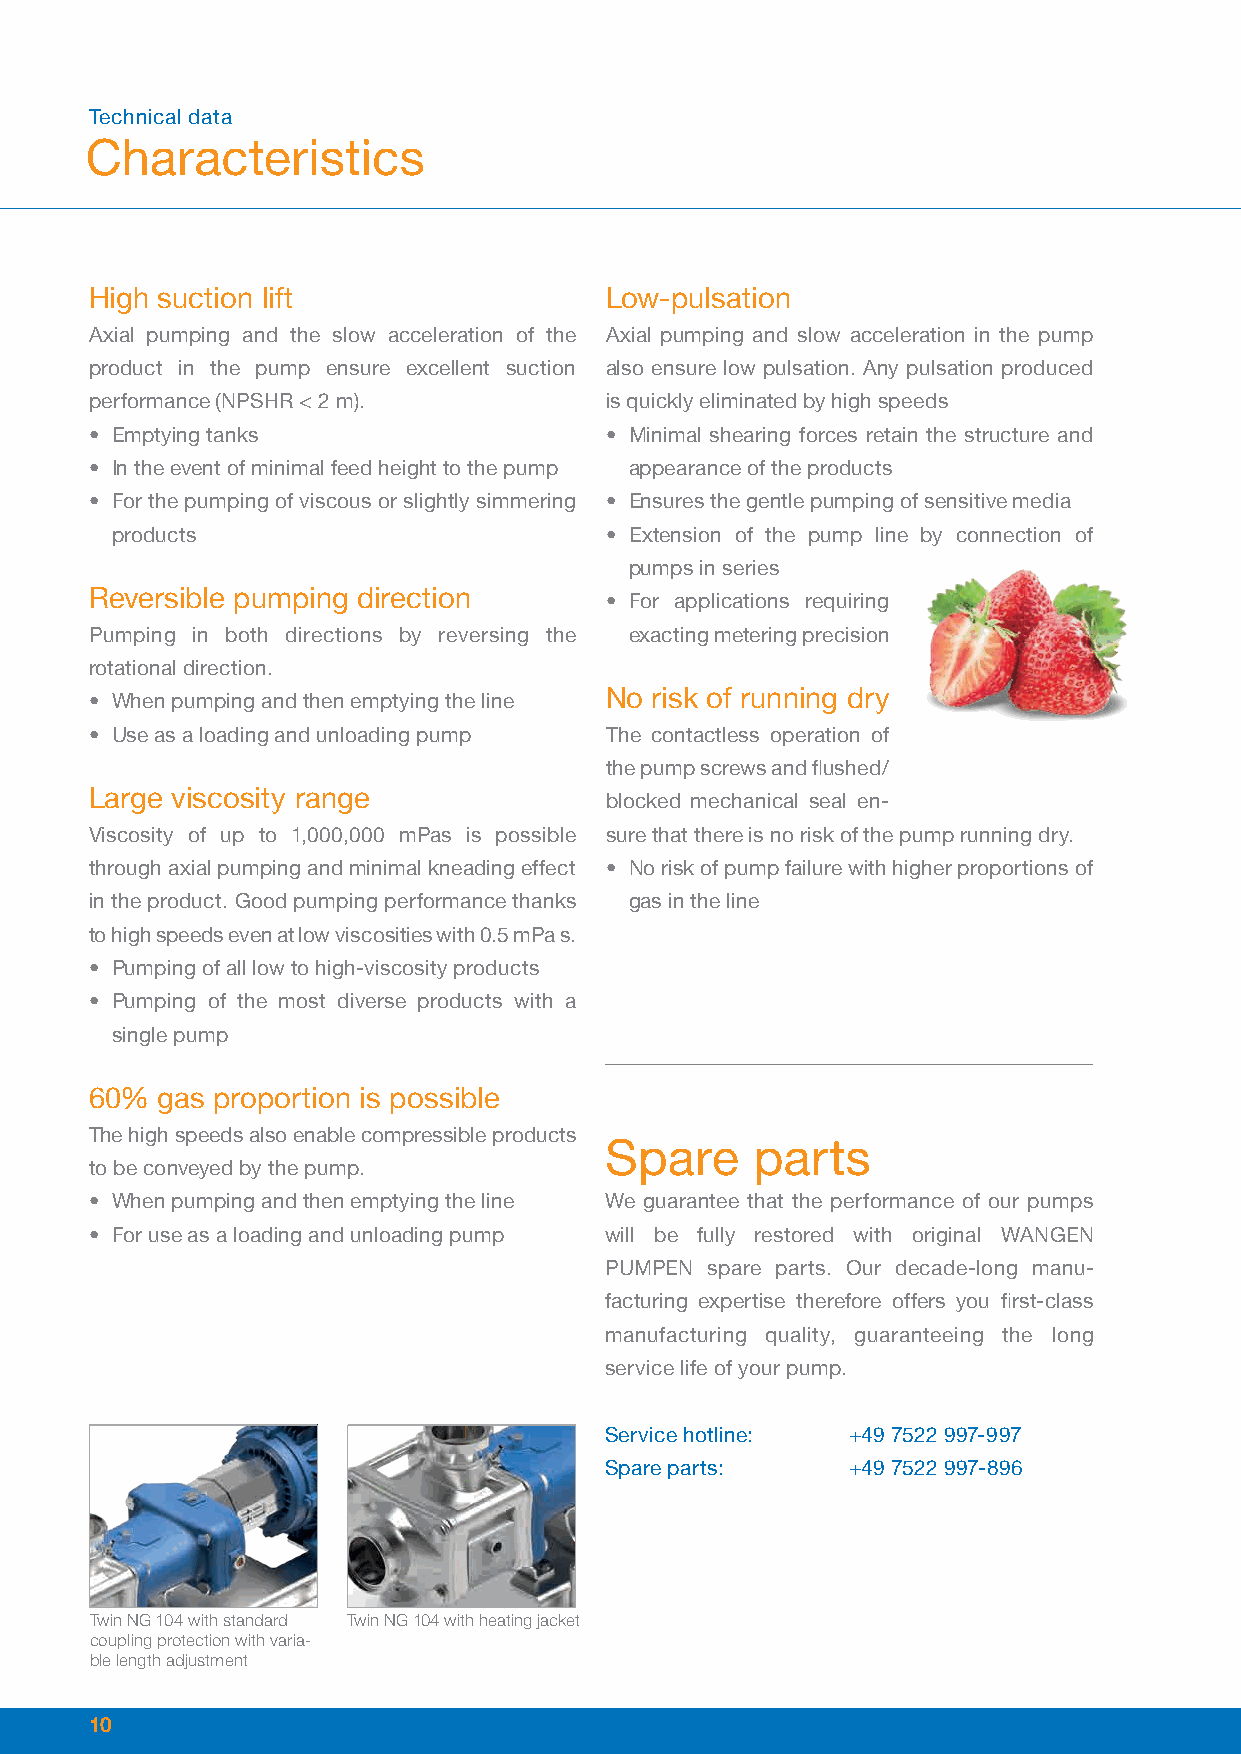
Technical data
 Characteristics
 High suction lift                 Low-pulsation
 Axial pumping and the slow acceleration of the Axial pumping and slow acceleration in the pump
 product in the pump ensure excellent suction also ensure low pulsation. Any pulsation produced
 performance (NPSHR < 2 m).        is quickly eliminated by high speeds
 • Emptying tanks                  • Minimal shearing forces retain the structure and
 • In the event of minimal feed height to the pump appearance of the products
 • For the pumping of viscous or slightly simmering • Ensures the gentle pumping of sensitive media
 products                         • Extension of the pump line by connection of
 pumps in series
 Reversible pumping direction
 • For applications requiring
 Pumping in both directions by reversing the exacting metering precision
 rotational direction.
 No risk of running dry
 • When pumping and then emptying the line
 • Use as a loading and unloading pump The contactless operation of
 the pump screws and flushed/
 Large viscosity range
 blocked mechanical seal en-
 Viscosity of up to 1,000,000 mPas is possible sure that there is no risk of the pump running dry.
 through axial pumping and minimal kneading effect • No risk of pump failure with higher proportions of
 in the product. Good pumping performance thanks gas in the line
 to high speeds even at low viscosities with 0.5 mPa s.
 • Pumping of all low to high-viscosity products
 • Pumping of the most diverse products with a
 single pump
 60% gas proportion is possible
 The high speeds also enable compressible products
 Spare     parts
 to be conveyed by the pump.
 • When pumping and then emptying the line We guarantee that the performance of our pumps
 • For use as a loading and unloading pump will be fully restored with original WANGEN
 PUMPEN spare parts. Our decade-long manu-
 facturing expertise therefore offers you first-class
 manufacturing quality, guaranteeing the long
 service life of your pump.
 Service hotline: +49 7522 997-997
 Spare parts:    +49 7522 997-896
 Twin NG 104 with standard Twin NG 104 with heating jacket
 coupling protection with varia-
 ble length adjustment
 10